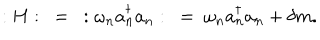
: H : ~ = ~ : \omega _ { n } a _ { n } ^ { \dagger } a _ { n } : ~ = ~ \omega _ { n } a _ { n } ^ { \dagger } a _ { n } + \delta m .